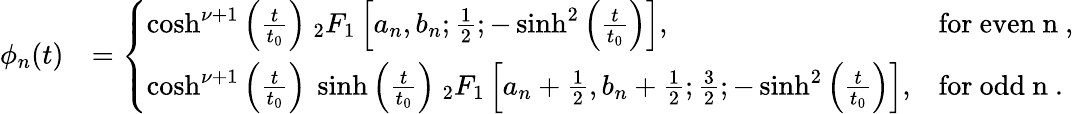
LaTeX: \begin{array}{rl}{\phi_{n}(t)}&{=\left\{ \begin{array}{ll}{\cosh^{\nu+1}\left(\frac{t}{t_{0}}\right)~{_2F_{1}}\left[a_{n},b_{n};\frac{1}{2};-\sinh^{2}\left(\frac{t}{t_{0}}\right)\right],}&{\mathrm{for~even~n~},}\\ {\cosh^{\nu+1}\left(\frac{t}{t_{0}}\right)~\sinh\left(\frac{t}{t_{0}}\right)~{_2F_{1}}\left[a_{n}+\frac{1}{2},b_{n}+\frac{1}{2};\frac{3}{2};-\sinh^{2}\left(\frac{t}{t_{0}}\right)\right],}&{\mathrm{for~odd~n~}.}\end{array}\right.}\end{array}